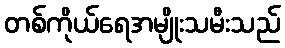
တစ်ကိုယ်ရေအမျိုးသမီးသည်